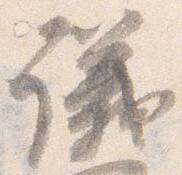
議